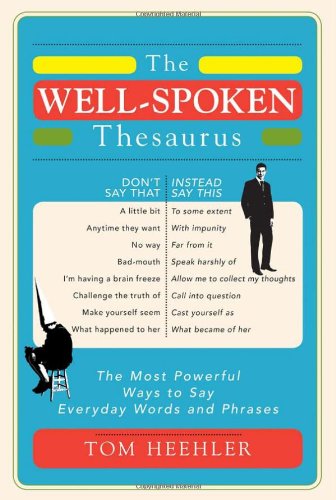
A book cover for The Well-Spoken Thesaurus: The Most Powerful Ways to Say Everyday Words and Phrases; Tom Heehler; Reference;